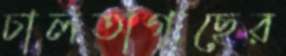
চালতাগাছের